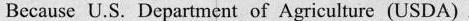
Because U.S. Department of Agriculture(USDA)